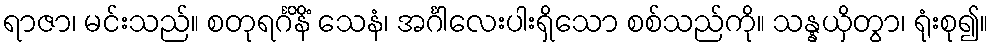
ရာဇာ၊ မင်းသည်။ စတုရင်္ဂိနိံ သေနံ၊ အင်္ဂါလေးပါးရှိသော စစ်သည်ကို။ သန္နယှိတွာ၊ ရုံးစု၍။